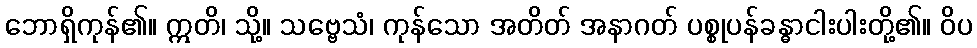
ဘောရှိကုန်၏။ ဣတိ၊ သို့။ သဗ္ဗေသံ၊ ကုန်သော အတိတ် အနာဂတ် ပစ္စုပန်ခန္ဓာငါးပါးတို့၏။ ဝိပ